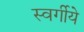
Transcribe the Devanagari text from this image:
स्वर्गीये